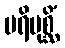
ပရိပုစ္ဆိံ